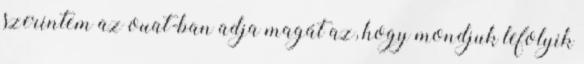
szerintem az ouat-ban adja magát az, hogy mondjuk lefolyik